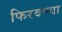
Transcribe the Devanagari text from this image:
फिरवण्या